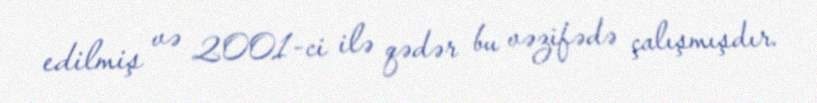
edilmiş və 2001-ci ilə qədər bu vəzifədə çalışmışdır.